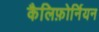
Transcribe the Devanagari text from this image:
कैलिफ़ोर्नियन